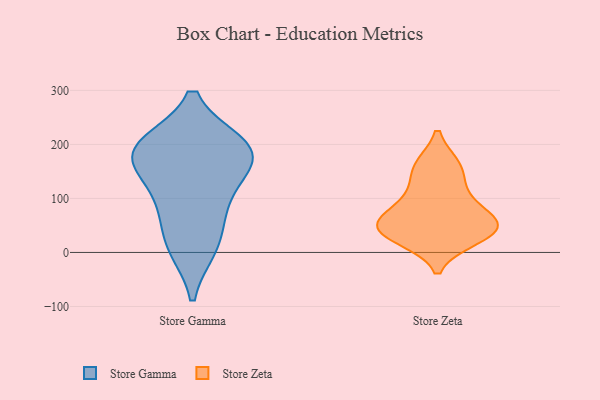
{"axis": {"x": "LTV (USD)", "y": "Value"}, "legend": ["Store Gamma", "Store Zeta"], "data": [{"x": "", "y": 87, "type": "Store Gamma"}, {"x": "", "y": 159, "type": "Store Gamma"}, {"x": "", "y": 16, "type": "Store Gamma"}, {"x": "", "y": 183, "type": "Store Gamma"}, {"x": "", "y": 199, "type": "Store Gamma"}, {"x": "", "y": 10, "type": "Store Gamma"}, {"x": "", "y": 94, "type": "Store Gamma"}, {"x": "", "y": 163, "type": "Store Gamma"}, {"x": "", "y": 198, "type": "Store Gamma"}, {"x": "", "y": 197, "type": "Store Gamma"}, {"x": "", "y": 42, "type": "Store Zeta"}, {"x": "", "y": 159, "type": "Store Zeta"}, {"x": "", "y": 158, "type": "Store Zeta"}, {"x": "", "y": 65, "type": "Store Zeta"}, {"x": "", "y": 27, "type": "Store Zeta"}, {"x": "", "y": 47, "type": "Store Zeta"}, {"x": "", "y": 113, "type": "Store Zeta"}, {"x": "", "y": 38, "type": "Store Zeta"}, {"x": "", "y": 47, "type": "Store Zeta"}, {"x": "", "y": 85, "type": "Store Zeta"}]}